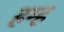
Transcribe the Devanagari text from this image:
हम्ह